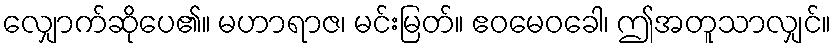
လျှောက်ဆိုပေ၏။ မဟာရာဇ၊ မင်းမြတ်။ ဧဝမေဝခေါ၊ ဤအတူသာလျှင်။